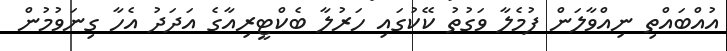
އުއްބައްތި ނިއްވާލަން ފުމެލާ ވަގުތު ކޭކުގައި ހަރުލާ ބެކްޓީރިއާގެ އަދަދު އެހާ ގިނަވުމުން